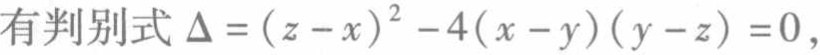
有判别式 \(\Delta = (z - x)^{2} - 4(x - y)(y - z) = 0\)，